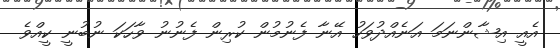
އެއީ އިޝާންނަމަ އަނެއްދުވަހު އޭނާ ފެނުމުން ކުރިން ފެނުނު ވާހަކަ ނުބުނީ ކީއްވެ